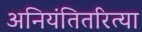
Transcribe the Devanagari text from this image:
अनियंतितरित्या